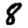
Digit: 8